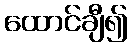
ထောင်ချီ၍